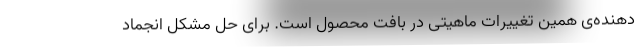
‌دهنده‌ی همین تغییرات ماهیتی در بافت محصول است. برای حل مشکل انجماد